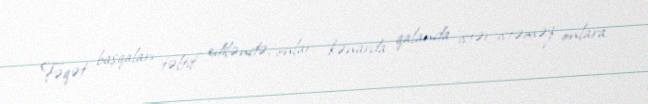
Fəqət başqaları təltif ediləndə, onlar kənarda qalanda istər-istəməz onlara